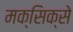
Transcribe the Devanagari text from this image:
मक्सिक्से